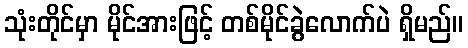
သုံးတိုင်မှာ မိုင်အားဖြင့် တစ်မိုင်ခွဲလောက်ပဲ ရှိမည်။